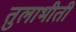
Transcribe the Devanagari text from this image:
तुलाभीती